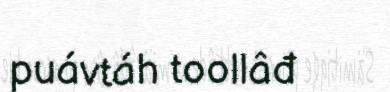
puávtáh toollâđ